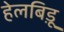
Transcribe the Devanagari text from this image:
हेलबिड़ू